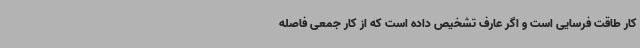
کار طاقت فرسایی است و اگر عارف تشخیص داده است که از کار جمعی فاصله